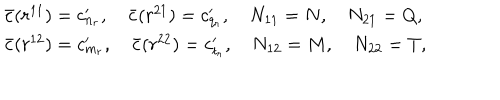
\begin{array} { l } { { \bar { c } ( r ^ { 1 1 } ) = c _ { n _ { r } } ^ { \prime } , \quad \bar { c } ( r ^ { 2 1 } ) = c _ { q _ { r } } ^ { \prime } , \quad N _ { 1 1 } = N , \quad N _ { 2 1 } = Q , } } \\ { { \bar { c } ( r ^ { 1 2 } ) = c _ { m _ { r } } ^ { \prime } , \quad \bar { c } ( r ^ { 2 2 } ) = c _ { t _ { r } } ^ { \prime } , \quad N _ { 1 2 } = M , \quad N _ { 2 2 } = T , } } \\ \end{array}